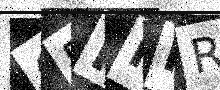
Text: CRHFFR